65_HS1-834228961_62-HQ-83894_SUB_A
Agency: FBI
Page 119
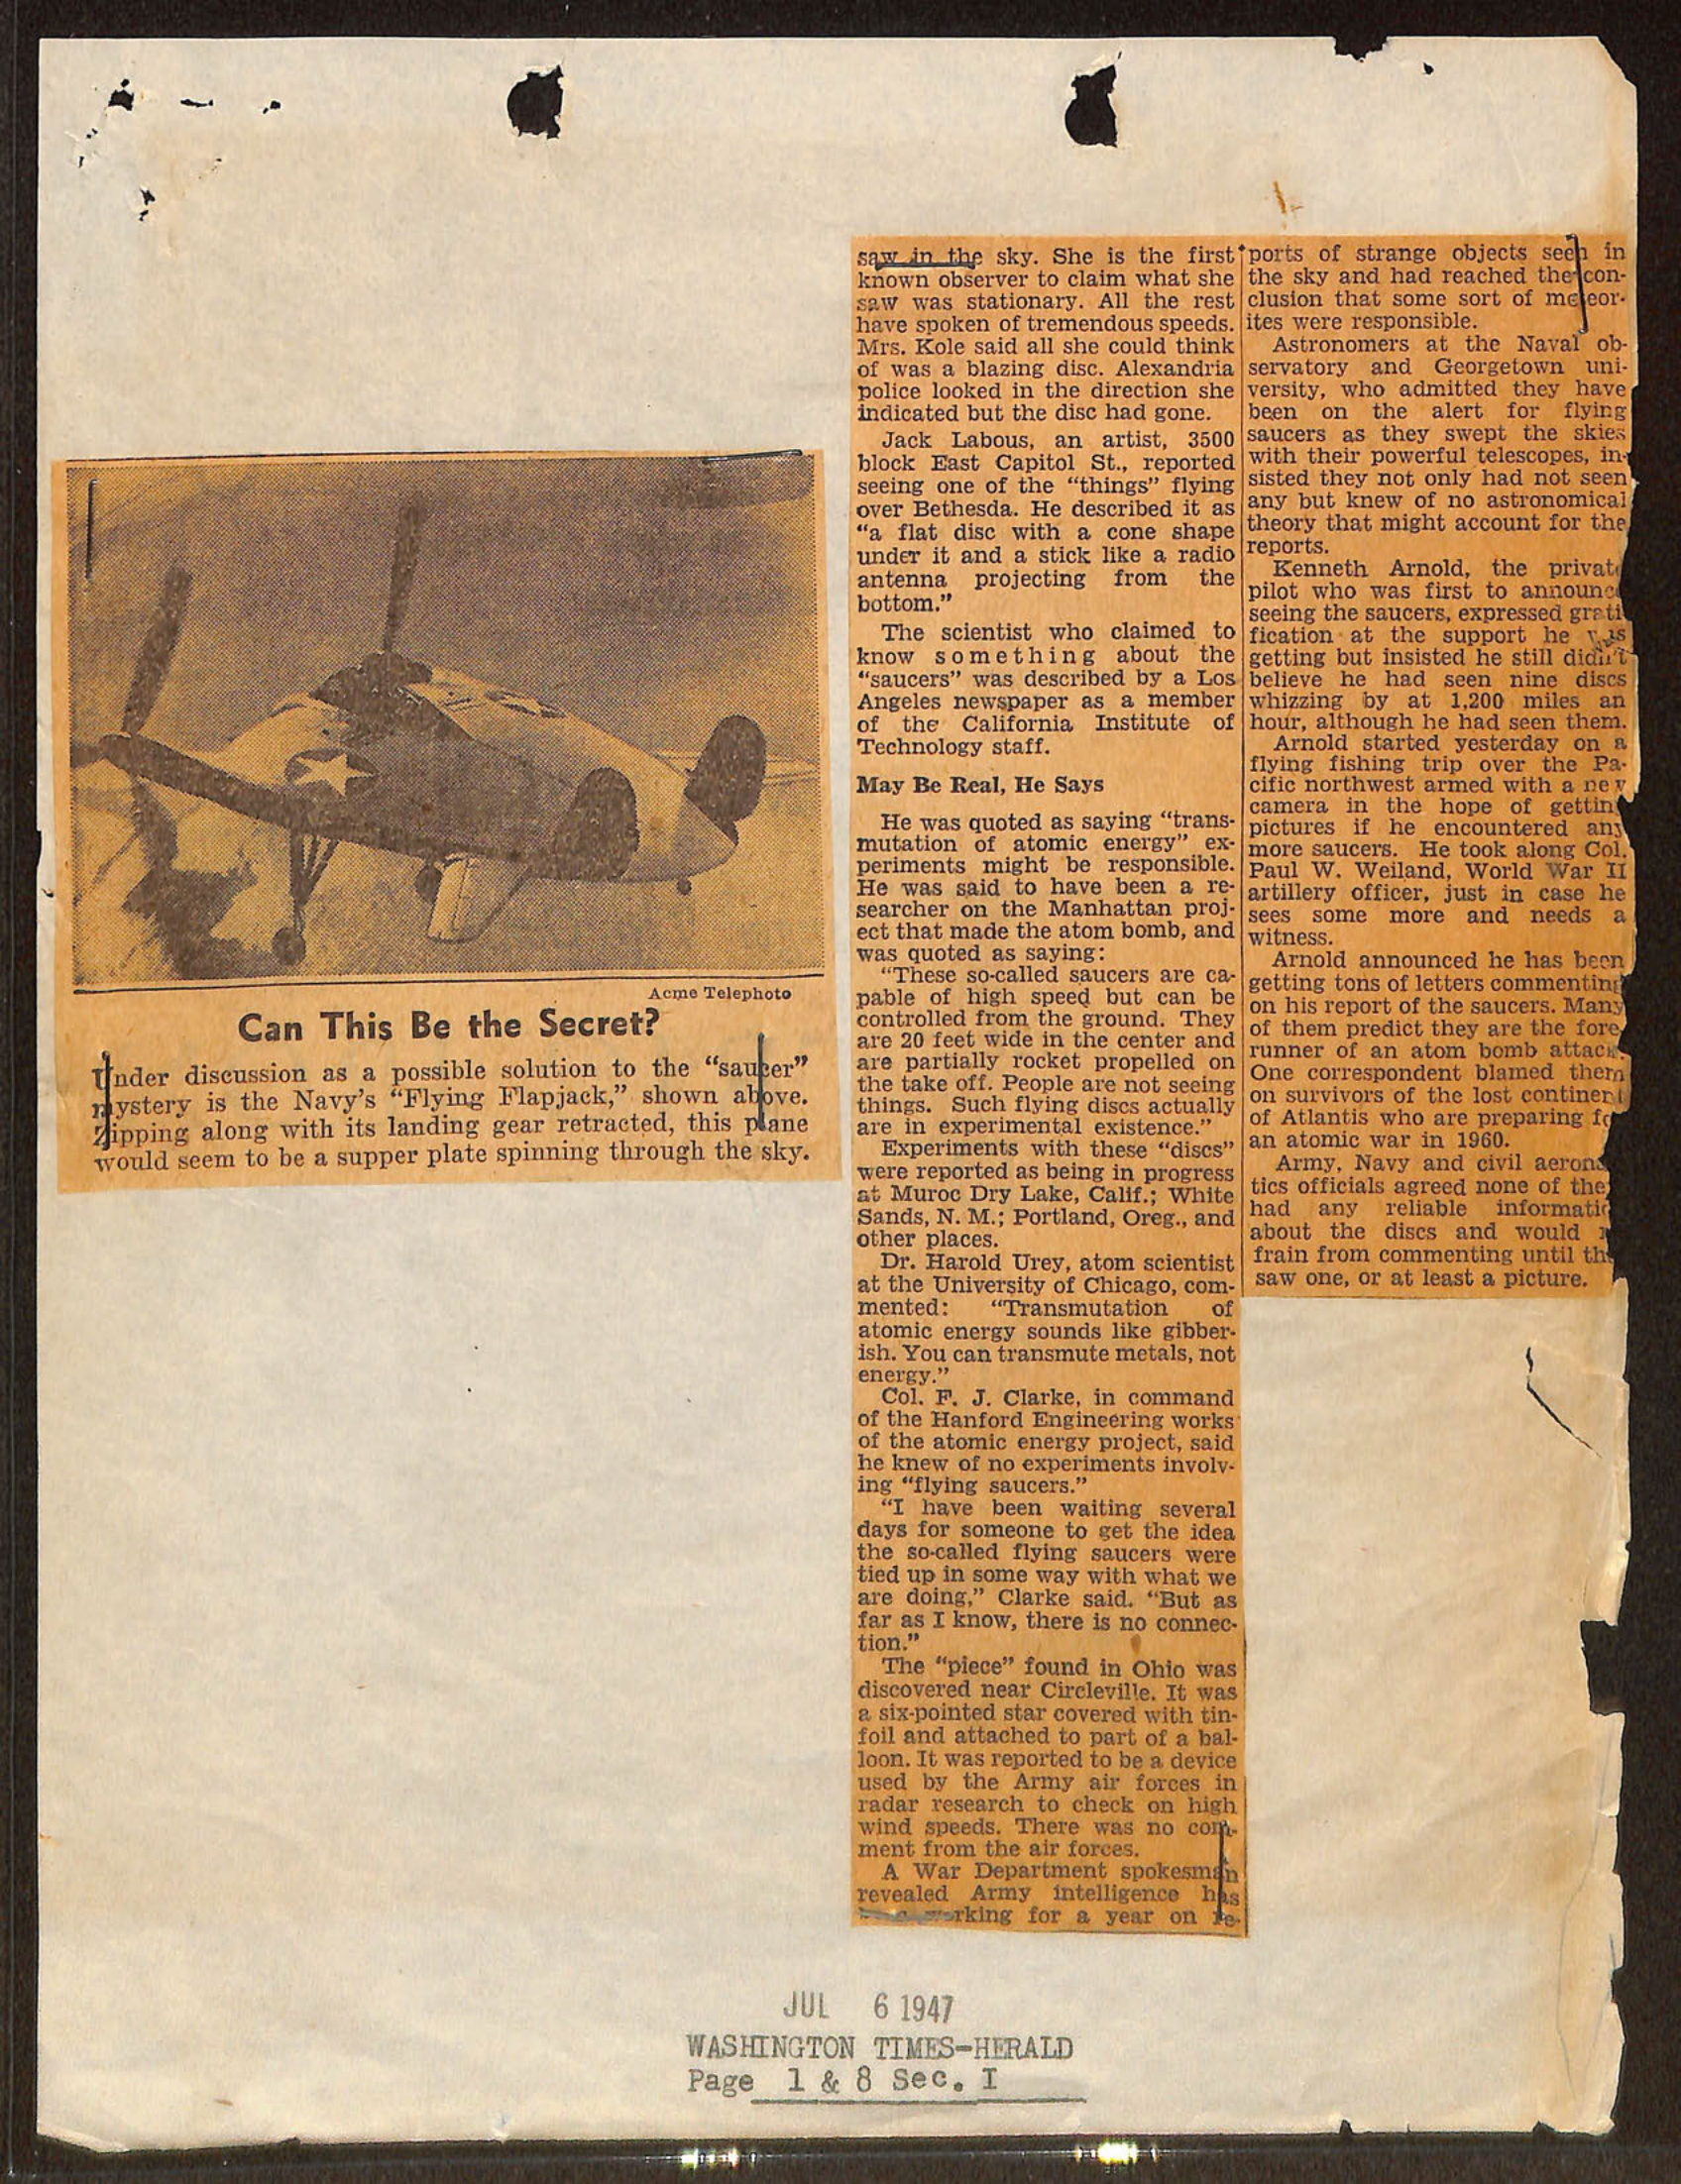